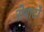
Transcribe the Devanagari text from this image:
रोबार्टो